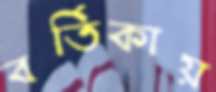
বর্তিকায়